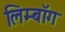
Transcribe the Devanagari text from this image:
लिम्बॉग